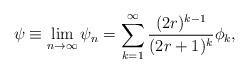
LaTeX: \begin{align*}\psi \equiv \lim _{n\to \infty}\psi _n=\sum _{k=1}^\infty\frac {(2r)^{k-1}}{(2r+1)^k}\phi _k,\end{align*}